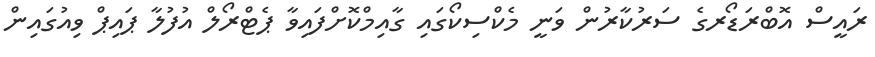
ރައީސް އޮބްރަޑޯރގެ ސަރުކާރުން ވަނީ މެކްސިކޯގައި ގާއިމްކޮށްފައިވާ ޕެޓްރޯލް އުފުލާ ޕައިޕް ވިއުގައިން